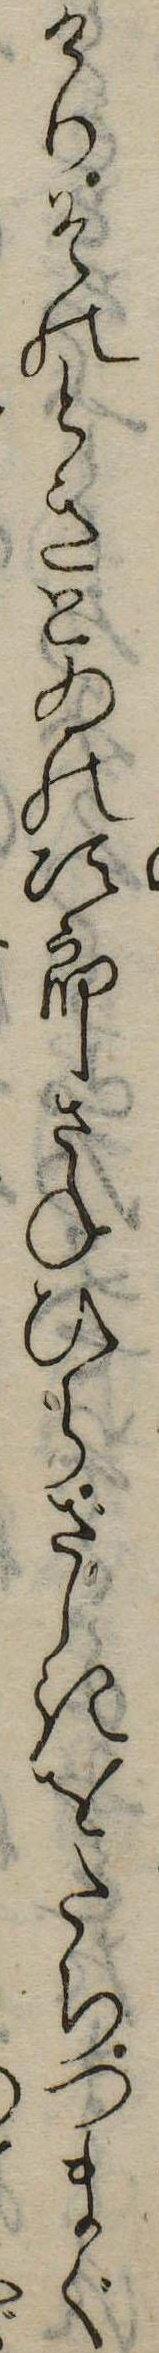
けりそのときとゐの次郎さねひらざしきをたちつまぐ